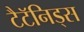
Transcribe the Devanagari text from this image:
टैटॅनिड्स